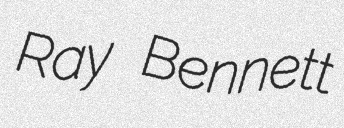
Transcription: Ray Bennett